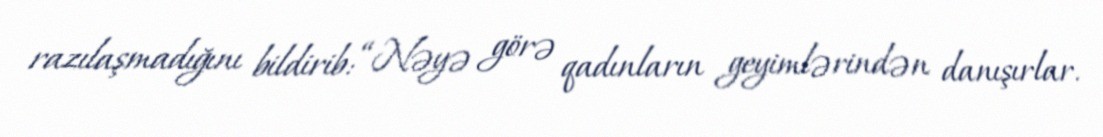
razılaşmadığını bildirib: “Nəyə görə qadınların geyimlərindən danışırlar.